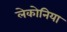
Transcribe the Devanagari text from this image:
लेकोनिया